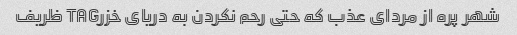
شهر پره از مردای عذب که حتی رحم نکردن به دریای خزرTAG ظریف